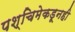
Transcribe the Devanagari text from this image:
पश्चिमेकडूनही